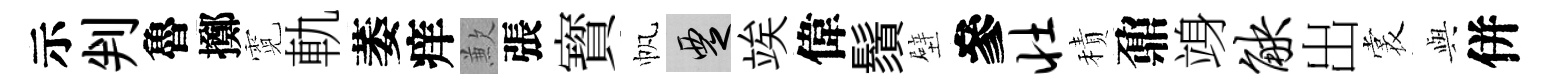
示判魯擲霓軌萎痒歉張寳帆覂竢偉鬚壁參壮積鼐竧觖出裳𫤰併